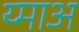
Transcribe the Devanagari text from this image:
य्माअ